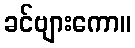
ခင်ဗျားကော။